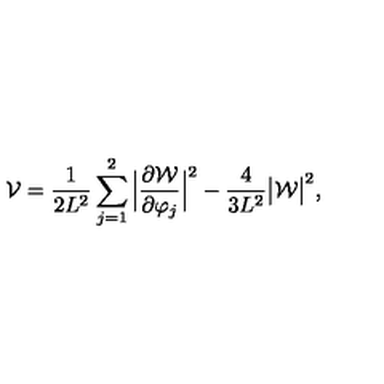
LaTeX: { \cal V } = { \frac { 1 } { 2 L ^ { 2 } } } \sum _ { j = 1 } ^ { 2 } \Big | { \frac { \partial { \cal W } } { \partial \varphi _ { j } } } \Big | ^ { 2 } - { \frac { 4 } { 3 L ^ { 2 } } } \big | { \cal W } \big | ^ { 2 } ,